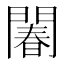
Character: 䦮